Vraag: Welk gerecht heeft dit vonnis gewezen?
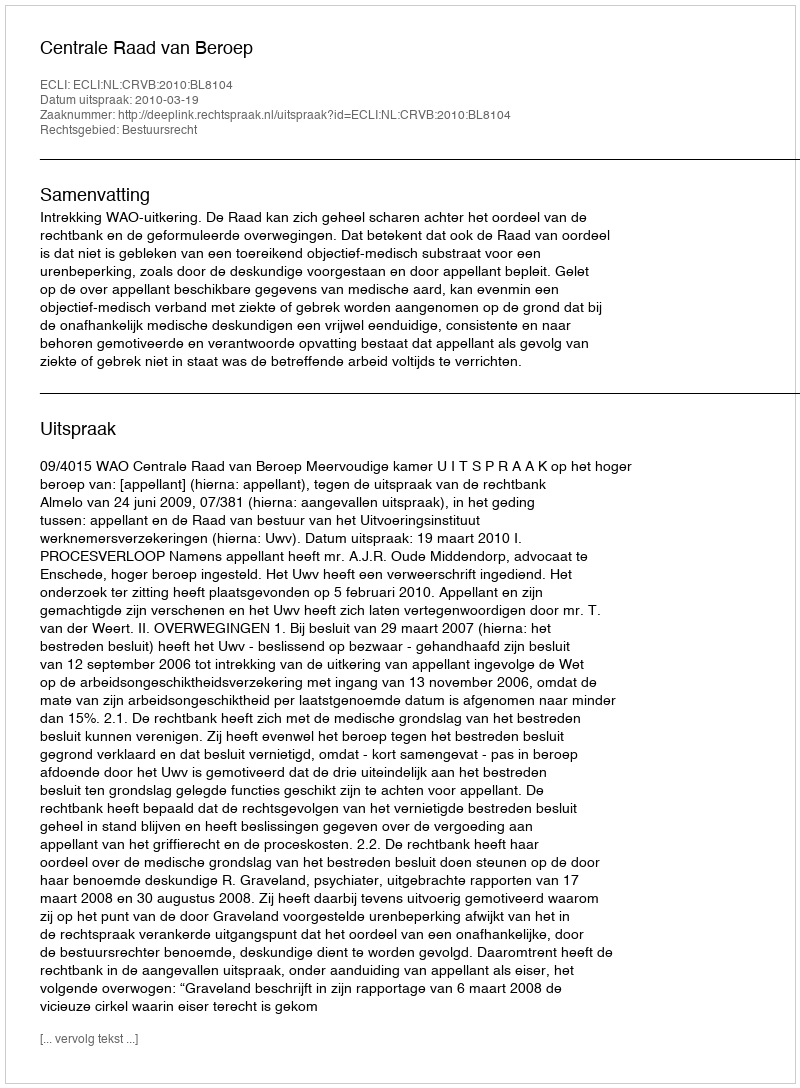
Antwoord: Centrale Raad van Beroep